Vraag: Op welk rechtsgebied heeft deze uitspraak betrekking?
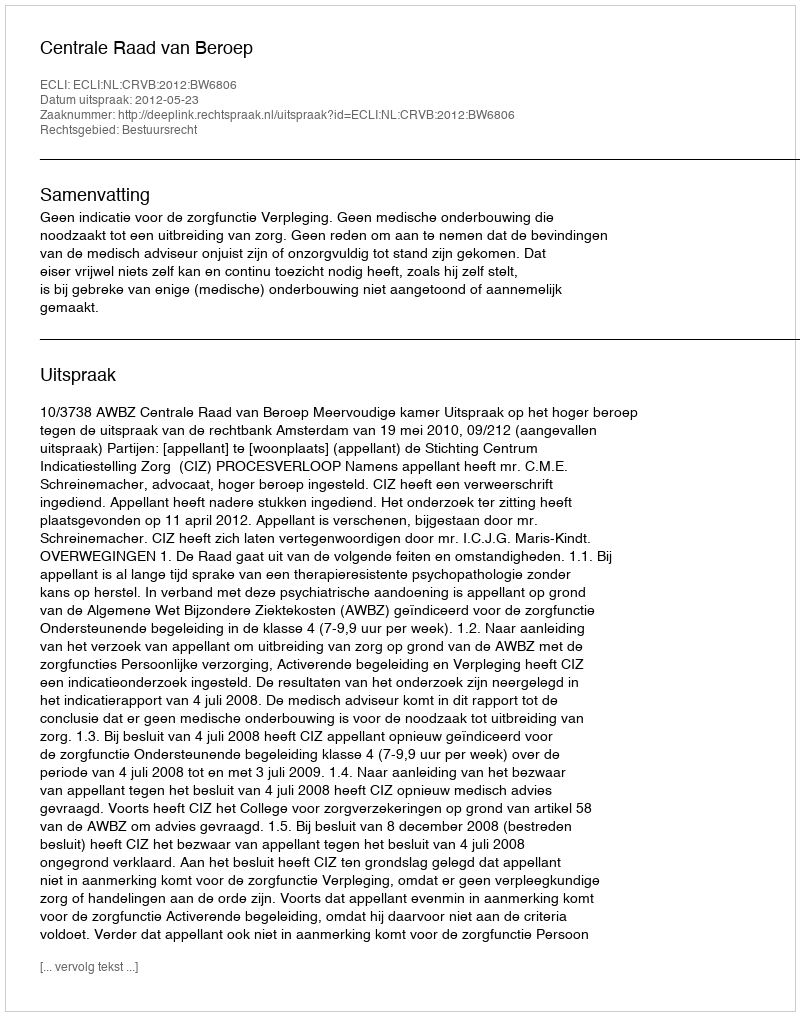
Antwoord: Bestuursrecht